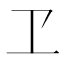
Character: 𠀄